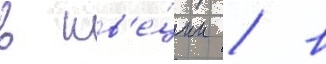
в шв'е́ции / в